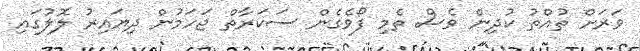
ވަރަށް ތުއްތު ކުދިން ވެސް ތެމި ފޯވެގެން ސަކަރާތް ޖަހަމުން ދިޔައިރު ލޮލުގައި